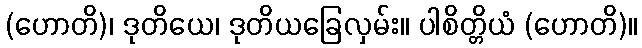
(ဟောတိ)၊ ဒုတိယေ၊ ဒုတိယခြေလှမ်း။ ပါစိတ္တိယံ (ဟောတိ)။